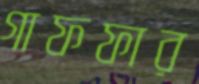
গাফফার